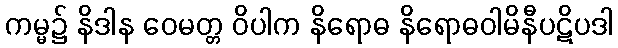
ကမ္မ၌ နိဒါန ဝေမတ္တ ဝိပါက နိရောဓ နိရောဓဝါမိနီပဋိပဒါ